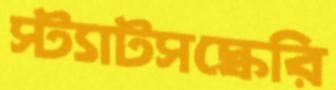
স্ট্যাটসস্কেরি